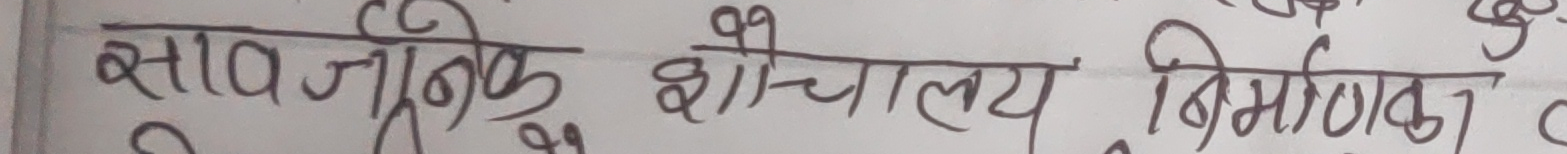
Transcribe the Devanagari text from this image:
सार्वजनिक शौचालय निर्माण।